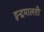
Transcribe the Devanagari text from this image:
इन्द्रमालती